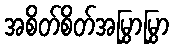
အစိတ်စိတ်အမြွှာမြွှာ